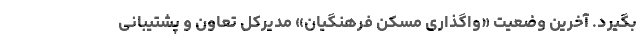
بگیرد. آخرین وضعیت «واگذاری مسکن فرهنگیان» مدیرکل تعاون و پشتیبانی